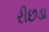
રીછડા